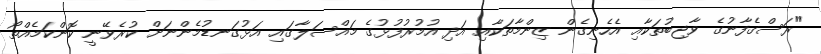
"ރަސްގެފާނުގެ ވާޖިބުތަކާއި އެހެނިގެން ޒިންމާތަކާއި އަދި އުމުރުފުޅުގެ މައްސަލާގައި އަޅުގަނޑުމެންނަށް ކުރެވޭނީ ކޮންކަމެއްތޯ